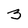
Character: 3